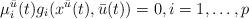
LaTeX: \begin{align*}\mu_i^{\bar{u}}(t)g_i(x^{\bar{u}}(t),\bar{u}(t)) = 0, i=1,\ldots, p\end{align*}